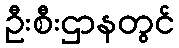
ဦးစီးဌာနတွင်